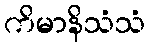
ကိမာနိသံသံ